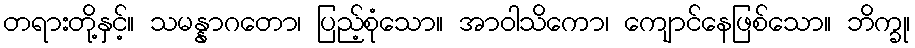
တရားတို့နှင့်။ သမန္နာဂတော၊ ပြည့်စုံသော။ အာဝါသိကော၊ ကျောင်နေဖြစ်သော။ ဘိက္ခု၊